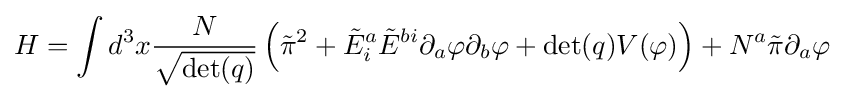
H=\int d^{3}x{N \over {\sqrt {\det(q)}}}\left({\tilde {\pi }}^{2}+{\tilde {E}}_{i}^{a}{\tilde {E}}^{bi}\partial _{a}\varphi \partial _{b}\varphi +\det(q)V(\varphi )\right)+N^{a}{\tilde {\pi }}\partial _{a}\varphi